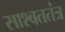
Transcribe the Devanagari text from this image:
साश्वततंत्र